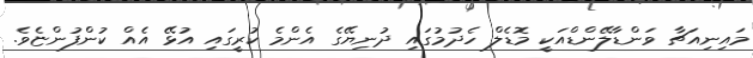
މައިނިއަޗާ ވަންޑާލޭންޑްއަކީ މޮޑެލް ހެދުމުގައި ދުނިޔޭގެ އެންމެ ކުރީގައި އުޅޭ އެއް ކުންފުންޏެވެ.